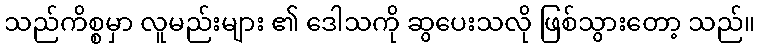
သည်ကိစ္စမှာ လူမည်းများ ၏ ဒေါသကို ဆွပေးသလို ဖြစ်သွားတော့ သည်။